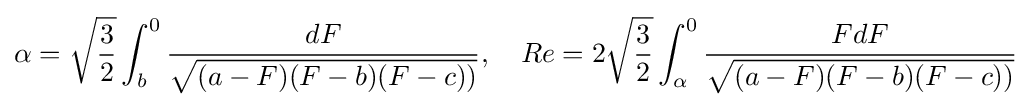
\alpha ={\sqrt {\frac {3}{2}}}\int _{b}^{0}{\frac {dF}{\sqrt {(a-F)(F-b)(F-c))}}},\quad Re=2{\sqrt {\frac {3}{2}}}\int _{\alpha }^{0}{\frac {FdF}{\sqrt {(a-F)(F-b)(F-c))}}}